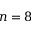
n = 8